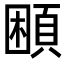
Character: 𩒱